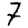
Digit: 7